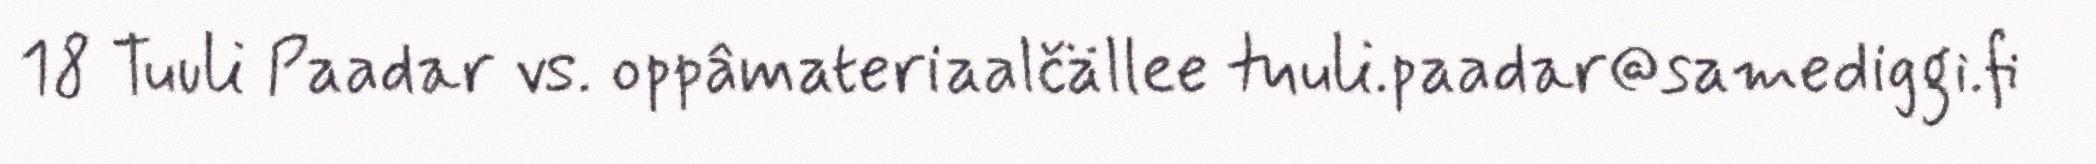
18 Tuuli Paadar vs. oppâmateriaalčällee tuuli.paadar@samediggi.fi